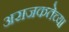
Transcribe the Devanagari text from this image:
अराजकतेच्या